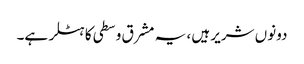
دونوں شریر ہیں ، یہ مشرق وسطی کا ہٹلر ہے۔